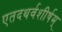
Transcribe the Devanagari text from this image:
एतदथर्वशीर्षम्‌